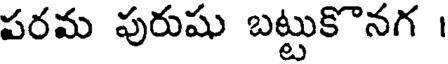
పరమ పురుషు బట్టుకొనగ